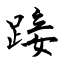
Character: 踥